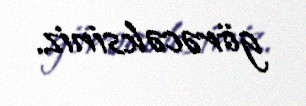
görəcəksiniz.